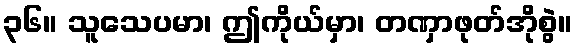
၃၆။ သူသေပမာ၊ ဤကိုယ်မှာ၊ တဏှာဖုတ်အိုစွဲ။